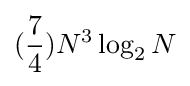
({\frac {7}{4}})N^{3}\log _{2}N